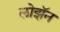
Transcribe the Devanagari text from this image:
लोझॅन